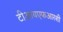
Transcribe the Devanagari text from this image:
टीआयएफआरशी